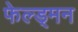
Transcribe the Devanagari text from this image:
फेल्ड्मन